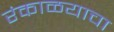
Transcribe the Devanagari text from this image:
रंकाळयाचा